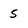
Character: 5